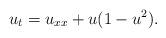
LaTeX: \begin{align*} u_t=u_{xx}+u(1-u^2).\end{align*}